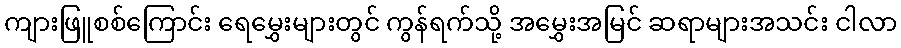
ကျားဖြူစစ်ကြောင်း ရေမွှေးများတွင် ကွန်ရက်သို့ အမွှေးအမြင် ဆရာများအသင်း ငါလာ